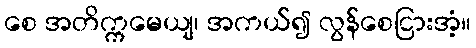
စေ အတိက္ကမေယျ၊ အကယ်၍ လွန်စေငြားအံ့။